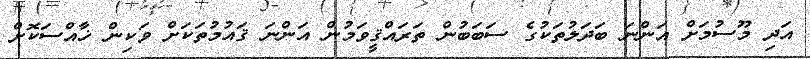
އަދި މޫސުމަށް އަންނަ ބަދަލުތަކުގެ ސަބަބުން ތަރައްޤީވަމުން އަންނަ ޤައުމުތަކަށް ވަކިން ޚާއްސަކޮށް